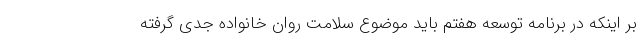
بر اینکه در برنامه توسعه هفتم باید موضوع سلامت روان خانواده جدی گرفته